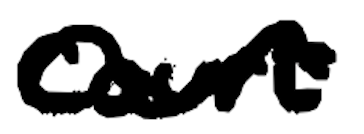
Text: Court
Cross-out: wave
Writing tool: digital_black